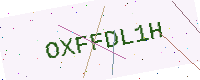
Text: OXFFDL1H